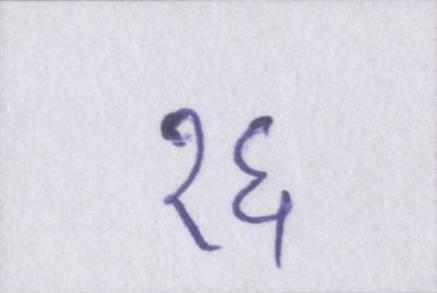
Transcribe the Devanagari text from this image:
१६